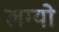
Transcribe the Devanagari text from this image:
लग्‍यो